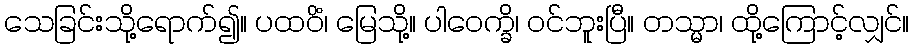
သေခြင်းသို့ရောက်၍။ ပထဝိံ၊ မြေသို့။ ပါဝေက္ခိ၊ ဝင်ဘူးပြီ။ တသ္မာ၊ ထို့ကြောင့်လျှင်။